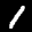
Label: 1